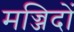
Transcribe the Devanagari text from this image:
मज्जिदों